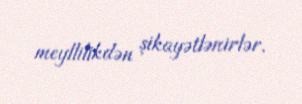
meyllilikdən şikayətlənirlər.